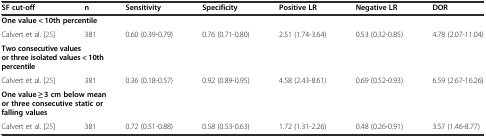
| SF cut-off | n | Sensitivity | Specificity | Positive LR | Negative LR | DOR |
 | --- | --- | --- | --- | --- | --- | --- |
 | <COLSPAN=3> One value < 10th percentile |  |  |  |  |
 | Calvert et al. [25] | 381 | 0.60 (0.39-0.79) | 0.76 (0.71-0.80) | 2.51 (1.74-3.64) | 0.53 (0.32-0.85) | 4.78 (2.07-11.04) |
 | <COLSPAN=5> Two consecutive values or three isolated values < 10th percentile |  |  |
 | Calvert et al. [25] | 381 | 0.36 (0.18-0.57) | 0.92 (0.89-0.95) | 4.58 (2.43-8.61) | 0.69 (0.52-0.93) | 6.59 (2.67-16.26) |
 | <COLSPAN=6> One value ≥ 3 cm below mean or three consecutive static or falling values |  |
 | Calvert et al. [25] | 381 | 0.72 (0.51-0.88) | 0.58 (0.53-0.63) | 1.72 (1.31-2.26) | 0.48 (0.26-0.91) | 3.57 (1.46-8.77) |